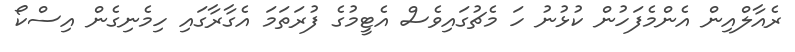
ރެއާލްއިން އެންމެފަހުން ކުޅުނު ހަ މެޗުގައިވެސް އެޓީމުގެ ފުރަތަމަ އެގާރާގައި ހިމެނިގެން އިސްކޯ